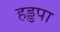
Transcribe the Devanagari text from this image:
हड्डपा